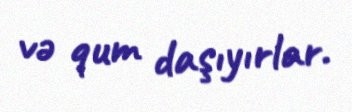
və qum daşıyırlar.